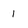
Character: 1